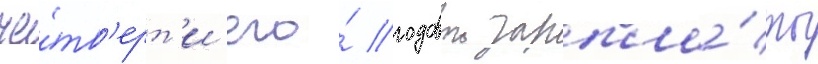
че́тв'ерт'и его́ годовои зарпла́ты